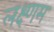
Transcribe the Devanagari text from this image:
लक्ष्णम